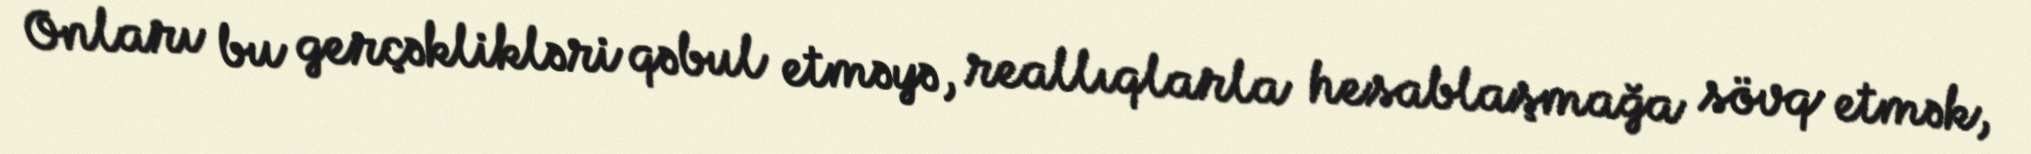
Onları bu gerçəklikləri qəbul etməyə, reallıqlarla hesablaşmağa sövq etmək,